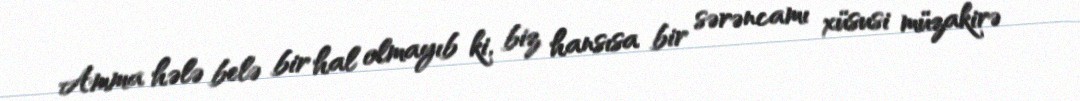
Amma hələ belə bir hal olmayıb ki, biz hansısa bir sərəncamı xüsusi müzakirə